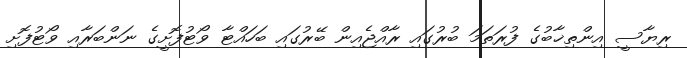
ރިޔާސީ އިންތިޚާބުގެ ފުރަތަމަ ބުރުގައި ރާއްޖެއިން ބޭރުގައި ބަހައްޓާ ވޯޓުފޮށީގެ ނަންބަރާއި ވޯޓުފޮށި